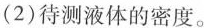
(2)待测液体的密度。